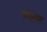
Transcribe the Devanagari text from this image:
यातन